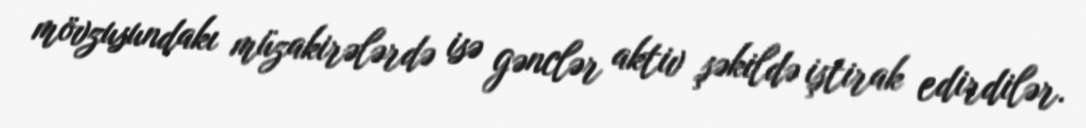
mövzusundakı müzakirələrdə isə gənclər aktiv şəkildə iştirak edirdilər.